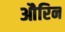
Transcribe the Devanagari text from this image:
औरिन